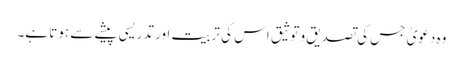
وہ دعویٰ جس کی تصدیق و توثیق اس کی تربیت اور تدریسی پیشے سے ہوتا ہے۔